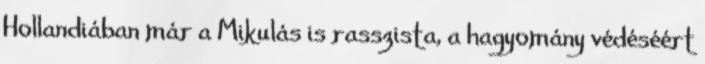
Hollandiában már a Mikulás is rasszista, a hagyomány védéséért